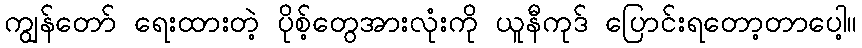
ကျွန်တော် ရေးထားတဲ့ ပိုစ့်တွေအားလုံးကို ယူနီကုဒ် ပြောင်းရတော့တာပေါ့။